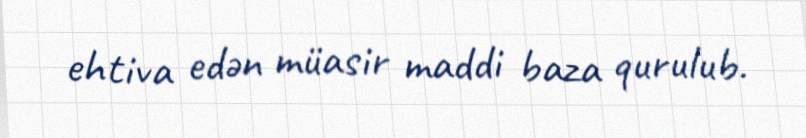
ehtiva edən müasir maddi baza qurulub.